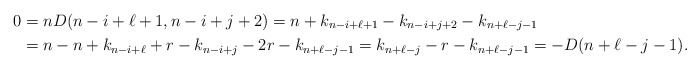
\begin{align*}0&=n D(n-i+\ell+1, n-i+j+2)=n + k_{n-i+\ell+1}-k_{n-i+j+2}-k_{n+\ell-j-1}\\ &=n-n+k_{n-i+\ell}+r - k_{n-i+j}-2r-k_{n+\ell-j-1}=k_{n+\ell-j}-r-k_{n+\ell-j-1}=-D(n+\ell-j-1). \end{align*}